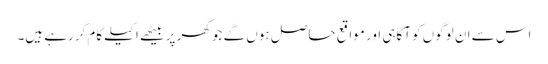
اس سے ان لوگوں کو آگاہی اور مواقع حاصل ہوں گے جو گھر پر بیٹھے اکیلے کام کررہے ہیں۔